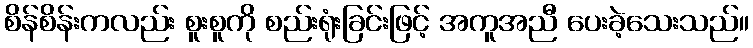
စိန်စိန်းကလည်း စူးစူကို စည်းရုံးခြင်းဖြင့် အကူအညီ ပေးခဲ့သေးသည်။